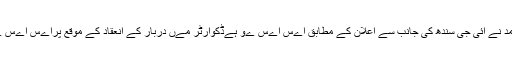
کمانڈنٹ اسپےشل سےکےورٹی ےونٹ جناب مقصود احمد نے آئی جی سندھ کی جانب سے اعلان کے مطابق اےس اےس ےو ہےڈکوارٹر مےں دربار کے انعقاد کے موقع پراےس اےس ےو کے افسران وکمانڈوز مےں نقد انعامات تقےسم کیے۔